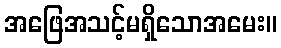
အဖြေအသင့်မရှိသောအမေး။